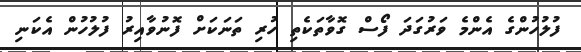
ފުލުހުންގެ އެންމެ ވަރުގަދަ ފޯސް ގޮވާތަކެތި ހުރި ތަަނަކަށް ފޮނުވާއިރު ފުލުހުން އެކަނި